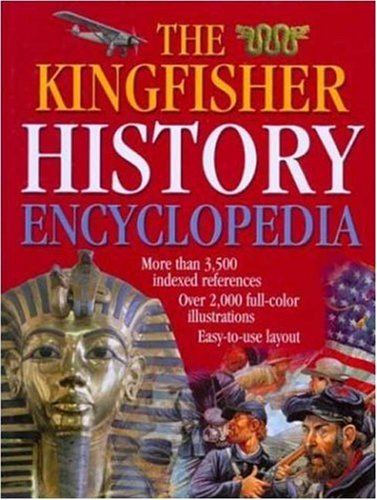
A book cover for The Kingfisher History Encyclopedia (Kingfisher Family of Encyclopedias); Editors of Kingfisher; Reference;